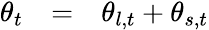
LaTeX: \begin{array}{rcl}{\theta_{t}}&{=}&{\theta_{l,t}+\theta_{s,t}}\end{array}